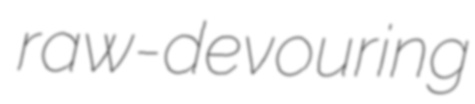
raw-devouring